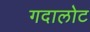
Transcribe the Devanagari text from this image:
गदालोट